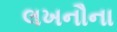
લખનૌના